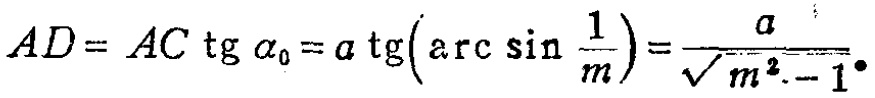
\[AD = AC\operatorname{tg}\alpha_0 = a\operatorname{tg}\left(\arcsin\frac{1}{m}\right)=\frac{a}{\sqrt{m^{2}-1}}.\]